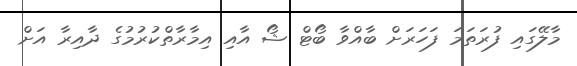
މާލޭގައި ފުރަތަމަ ފަހަރަށް ބާއްވާ ބޯޓް ޝޯ އާއި އިމާރާތްކުރުމުގެ ދާއިރާ އަށް